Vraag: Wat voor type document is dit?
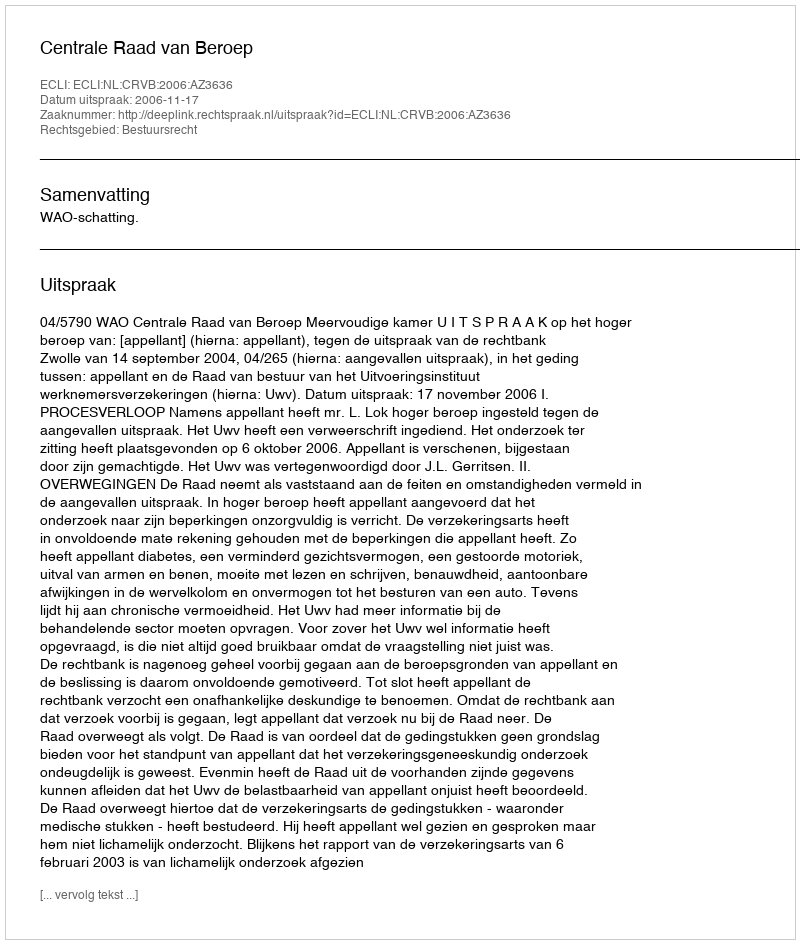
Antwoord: Uitspraak